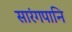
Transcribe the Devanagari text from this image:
सारंगपानि